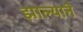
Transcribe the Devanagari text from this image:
झाल्यानॆ